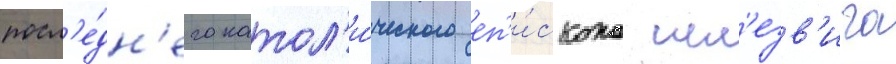
посл'е́дн'его катол'и́ческого еп'и́скопа шл'езв'ига